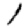
Digit: 1